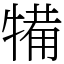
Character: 犕